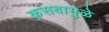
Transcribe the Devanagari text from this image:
कसबामुळे